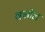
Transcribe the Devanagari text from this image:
क्नॉल